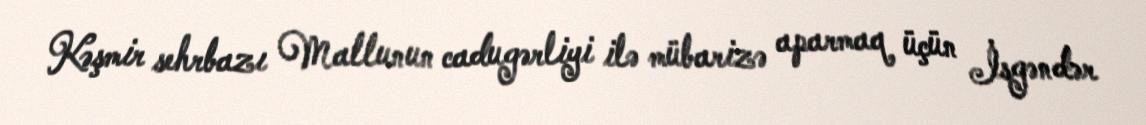
Kəşmir sehrbazı Mallunun cadugərliyi ilə mübarizə aparmaq üçün İsgəndər